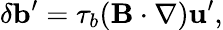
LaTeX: \delta{\mathbf{b}}^{\prime}=\tau_{b}({\mathbf{B}}\cdot\nabla){\mathbf{u}}^{\prime},